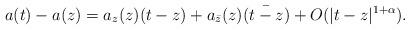
LaTeX: \begin{align*}a(t)-a(z)=a_z(z)(t-z)+a_{\bar z}(z)\bar{(t-z)}+O(|t-z|^{1+\alpha}).\end{align*}